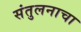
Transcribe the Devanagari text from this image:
संतुलनाचा